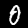
Digit: 0